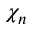
\chi _ { n }